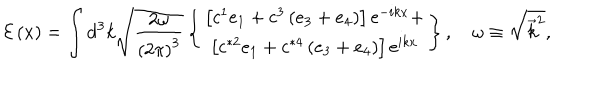
LaTeX: \mathcal { E } \left( x \right) = \int \mathrm { d } ^ { 3 } k \sqrt { \frac { 2 \omega } { \left( 2 \pi \right) ^ { 3 } } } \left\{ \begin{array} { c } { { \left[ c ^ { 1 } e _ { 1 } + c ^ { 3 } \left( e _ { 3 } + e _ { 4 } \right) \right] \mathrm { e } ^ { - i k x } + } } \\ { { \left[ c ^ { * 2 } e _ { 1 } + c ^ { * 4 } \left( e _ { 3 } + e _ { 4 } \right) \right] \mathrm { e } ^ { i k x } } } \\ \end{array} \right\} , \quad \omega \equiv \sqrt { \overrightarrow { k } ^ { 2 } } ,